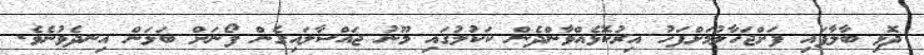
ދޮޅި ބާލާފައި ފަށްޖަހާލުމަށްފަހު އިރުކޮޅެއްވާންދެން ކަކުލުގައި މޫނު ޖައްސާލައިގެން ފޯނަށް ބަލަން އިނދެވުނެވެ.